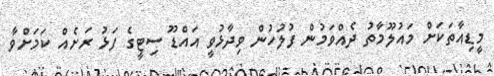
މީޑިއާތަކަށް މައުލޫމާތު ދެއްވަމުން ފުލުހުން ވިދާޅުވީ އައްޑޫ ސިޓީގެ ފަޅު ރަށެއް ކަމަށްވާ